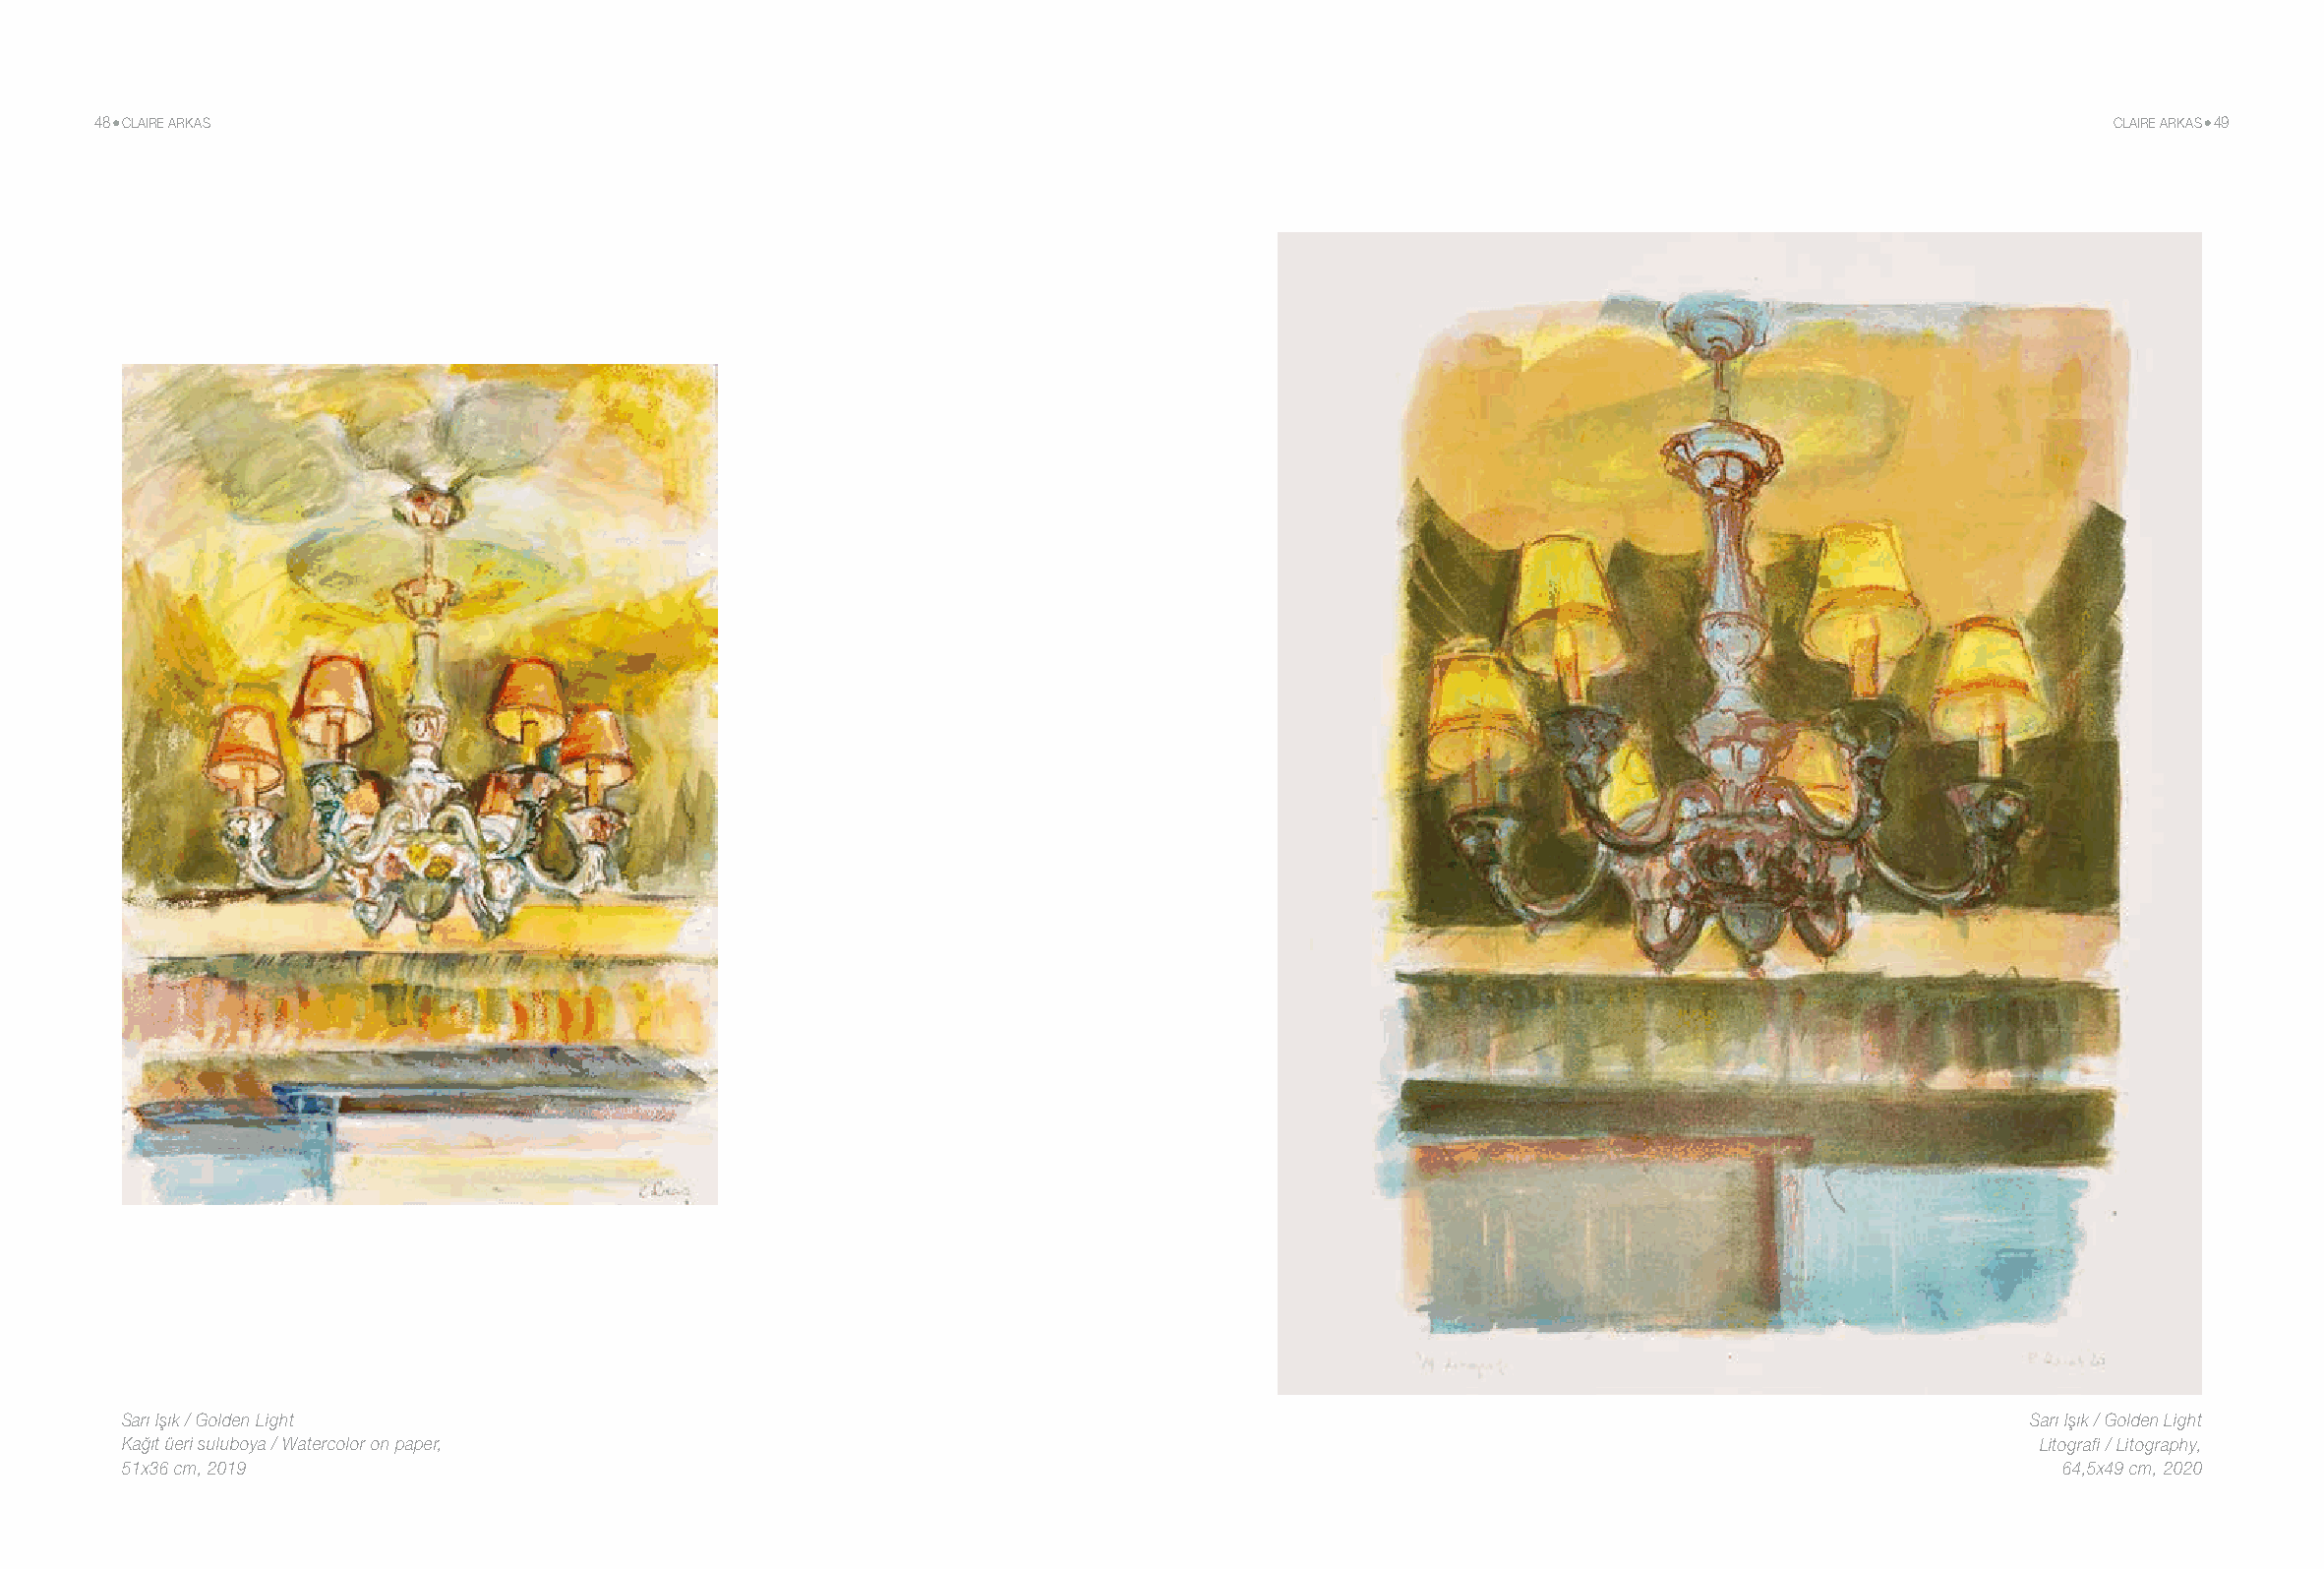
48 CLAIRE ARKAS                                                                                                                         CLAIRE ARKAS 49
 Sarı Işık / Golden Light                                                                                                         Sarı Işık / Golden Light
 Kağıt üeri suluboya / Watercolor on paper,                                                                                       Litografi / Litography,
 51x36 cm, 2019                                                                                                                     64,5x49 cm, 2020